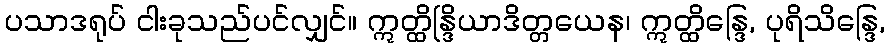
ပသာဒရုပ် ငါးခုသည်ပင်လျှင်။ ဣတ္ထိန္ဒြိယာဒိတ္တယေန၊ ဣတ္ထိန္ဒြေ, ပုရိသိန္ဒြေ,